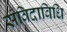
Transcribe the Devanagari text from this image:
संविदाविधि